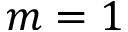
m = 1